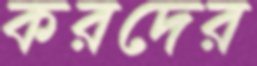
করদের